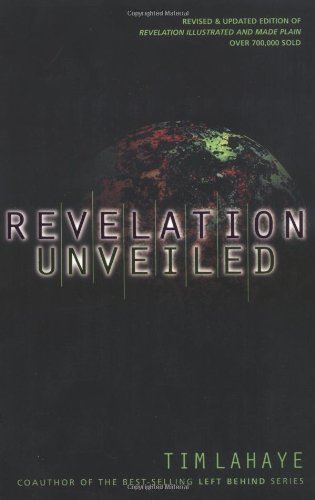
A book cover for Revelation Unveiled; Tim LaHaye; Christian Books & Bibles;